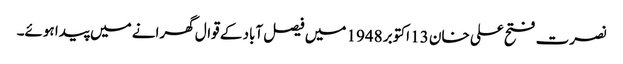
نصرت فتح علی خان 13 اکتوبر 1948 میں فیصل آباد کے قوال گھرانے میں پیدا ہوئے۔